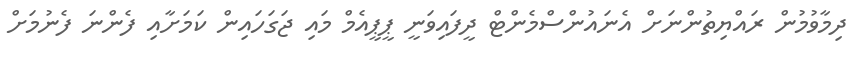
ދިމާވުމުން ރައްޔިތުންނަށް އެނައުންސްމެންޓް ދީފައިވަނީ ޕީޕީއެމް މައި ޖަގަހައިން ކަމަށާއި ފެންނަ ފެނުމަށް